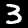
Digit: 3